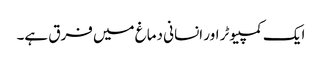
ایک کمپیوٹر اور انسانی دماغ میں فرق ہے۔